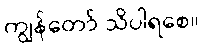
ကျွန်တော် သိပါရစေ။